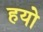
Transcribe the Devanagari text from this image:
हयो